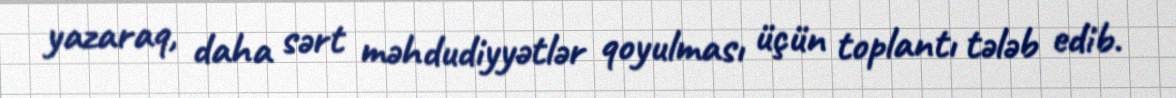
yazaraq, daha sərt məhdudiyyətlər qoyulması üçün toplantı tələb edib.